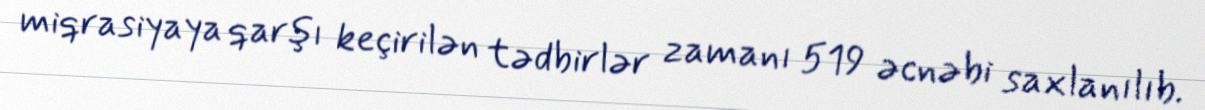
miqrasiyaya qarşı keçirilən tədbirlər zamanı 519 əcnəbi saxlanılıb.